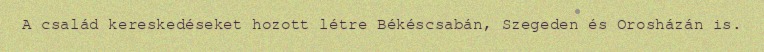
A család kereskedéseket hozott létre Békéscsabán, Szegeden és Orosházán is.